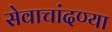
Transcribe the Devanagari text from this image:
सेवाचांदण्या